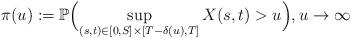
LaTeX: \begin{align*} \pi(u):=\mathbb{P} \Bigl( \sup_{(s,t)\in[0,S]\times[T-\delta(u),T]}X(s,t)>u\Bigr) ,u\rightarrow\infty\end{align*}